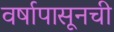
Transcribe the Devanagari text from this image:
वर्षापासूनची